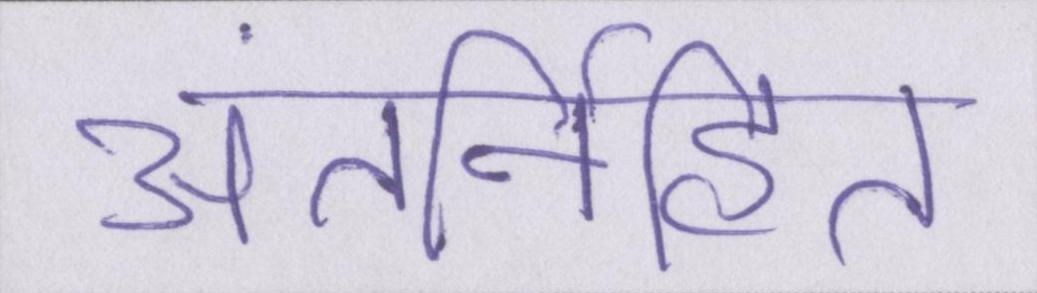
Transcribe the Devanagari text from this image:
अंतर्निहित